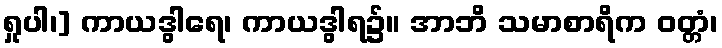
ရှုပါ၊] ကာယဒွါရေ၊ ကာယဒွါရ၌။ အာဘိ သမာစာရိက ဝတ္တံ၊